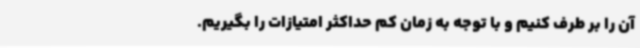
آن را بر طرف کنیم و با توجه به زمان کم حداکثر امتیازات را بگیریم.